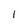
Character: l